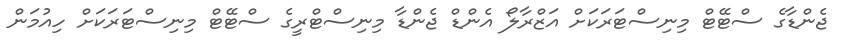
ޖެންޑާގެ ސްޓޭޓް މިނިސްޓަރަކަށް އަޒްރާލޯ އެންޑް ޖެންޑާ މިނިސްޓްރީގެ ސްޓޭޓް މިނިސްޓަރަކަށް ހިއުމަން